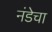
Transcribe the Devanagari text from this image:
नंडेचा